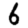
Digit: 6